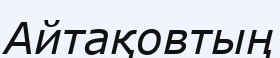
Айтақовтың